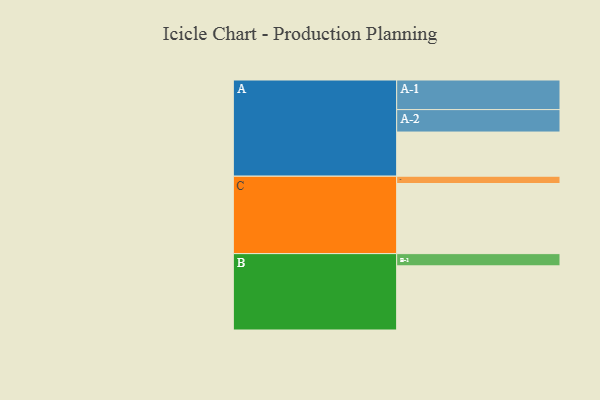
{"axis": {"x": "Segment", "y": "Value"}, "legend": ["", "A", "B", "C"], "data": [{"x": "A", "y": 376, "type": ""}, {"x": "B", "y": 546, "type": ""}, {"x": "C", "y": 597, "type": ""}, {"x": "A-1", "y": 252, "type": "A"}, {"x": "A-2", "y": 191, "type": "A"}, {"x": "B-1", "y": 104, "type": "B"}, {"x": "C-1", "y": 62, "type": "C"}]}